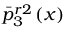
\bar { p } _ { 3 } ^ { r 2 } \left( x \right)